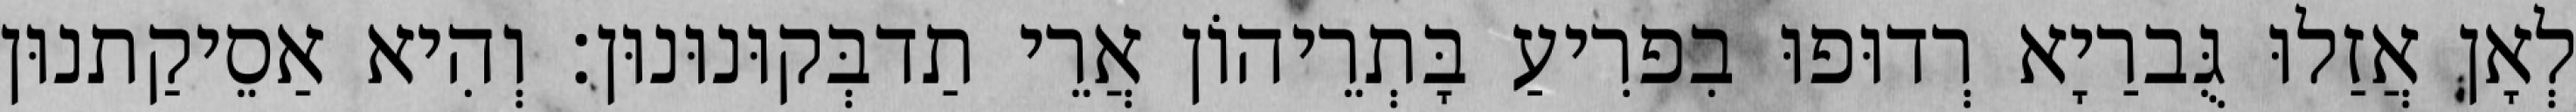
לְאָן אֲזַלוּ גֻּברַיָא רְדוּפוּ בִפרִיעַ בָּתְרֵיהוֹן אֲרֵי תַדבְּקוּנוּנוּן׃ וְהִיא אַסֵיקַתנוּן